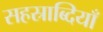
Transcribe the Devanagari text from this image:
सहस्राब्दियाँ